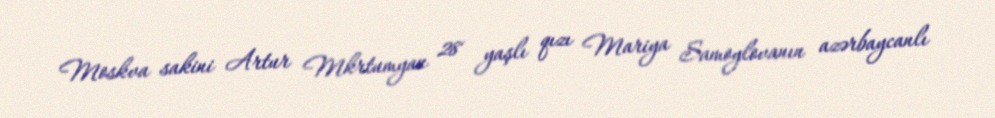
Moskva sakini Artur Mkrtumyan 28 yaşlı qızı Mariya Samoylovanın azərbaycanlı